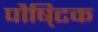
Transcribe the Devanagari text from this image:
पौषि्टक